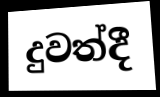
දුවත්දී